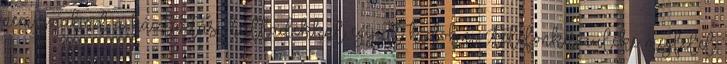
nem szabad a háztartási hulladékkal együtt kidobni. Telefonkészüléke megfelel